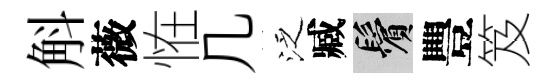
斛薇恠几泛臧鬢豐笈